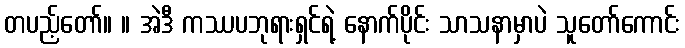
တပည့်တော်။ ။ အဲဒီ ကဿပဘုရားရှင်ရဲ့ နောက်ပိုင်း သာသနာမှာပဲ သူတော်ကောင်း